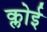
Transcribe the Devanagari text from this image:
क्लोई